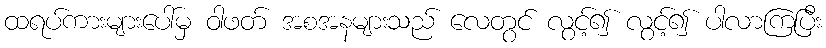
ထရပ်ကားများပေါ်မှ ဝါဖတ် အစအနများသည် လေတွင် လွင့်၍ လွင့်၍ ပါလာကြပြီး